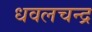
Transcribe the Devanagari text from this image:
धवलचन्द्र